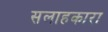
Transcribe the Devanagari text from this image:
सलाहकारा